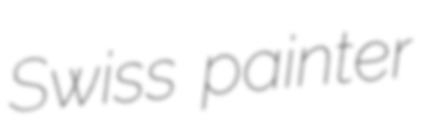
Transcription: Swiss painter